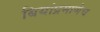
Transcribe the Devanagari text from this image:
बियांप्रमाणेच